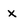
Character: x